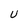
Character: U